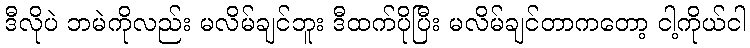
ဒီလိုပဲ ဘမဲကိုလည်း မလိမ်ချင်ဘူး ဒီထက်ပိုပြီး မလိမ်ချင်တာကတော့ ငါ့ကိုယ်ငါ